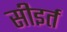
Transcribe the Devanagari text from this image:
सीइर्त